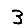
Digit: 3